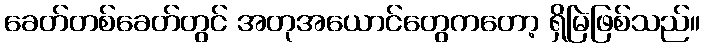
ခေတ်တစ်ခေတ်တွင် အတုအယောင်တွေကတော့ ရှိမြဲဖြစ်သည်။